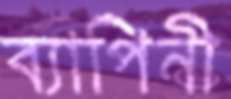
ব্যাপিনী